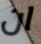
ان